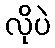
လိုပဲ